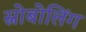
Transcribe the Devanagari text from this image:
स्नोबोलिंग